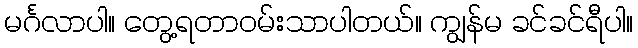
မင်္ဂလာပါ။ တွေ့ရတာဝမ်းသာပါတယ်။ ကျွန်မ ခင်ခင်ရီပါ။